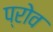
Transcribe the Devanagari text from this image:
प्रोव